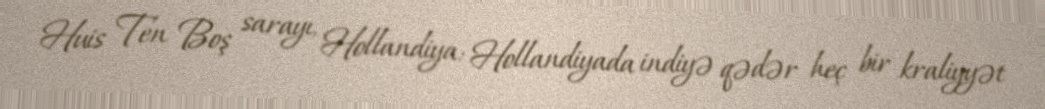
Huis Ten Boş sarayı, Hollandiya: Hollandiyada indiyə qədər heç bir kraliyyət